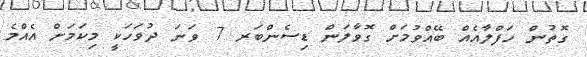
ގޮތުން ހަފްލާއެއް ބޭއްވުމަށް ގޮވާލަން ޑިސެންބަރ 7 ވަނަ ދުވަހަކީ މިކަމަށް އެއްމެ